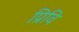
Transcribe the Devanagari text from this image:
प्रिवि